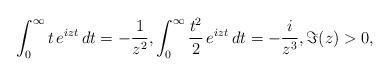
LaTeX: \begin{align*} \int_{0}^{\infty} t \, e^{izt} \, dt = -\frac{1}{z^2}, \int_{0}^{\infty} \frac{t^2}{2} \, e^{izt} \, dt = -\frac{i}{z^3}, \Im(z)>0, \end{align*}